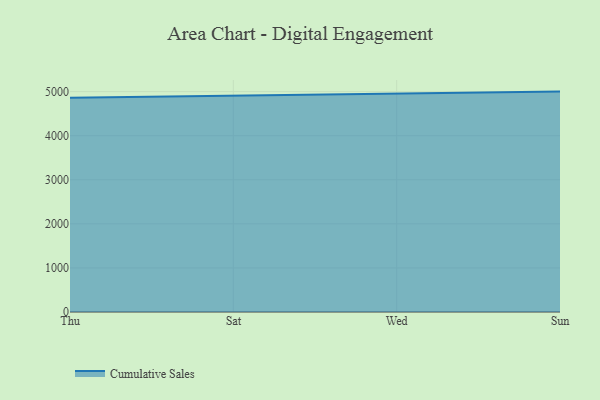
{"axis": {"x": "Day", "y": "Production Output"}, "legend": ["Cumulative Sales"], "data": [{"x": "Thu", "y": 4859.2, "type": "Cumulative Sales"}, {"x": "Sat", "y": 4902.2, "type": "Cumulative Sales"}, {"x": "Wed", "y": 4944.9, "type": "Cumulative Sales"}, {"x": "Sun", "y": 5000, "type": "Cumulative Sales"}]}